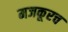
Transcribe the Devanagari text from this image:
मजकूरच